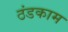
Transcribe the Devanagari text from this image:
ठंडकाम